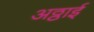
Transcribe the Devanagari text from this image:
अठ्ठाई